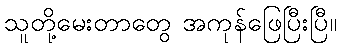
သူတို့မေးတာတွေ အကုန်ဖြေပြီးပြီ။